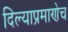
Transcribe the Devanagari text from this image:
दिल्याप्रमाणेच